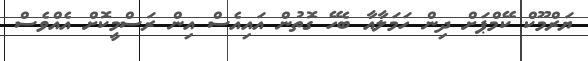
ޔަރްމޫކް ކޭމްޕަށް ދިން ހަމަލާއާ ބެހޭ ގޮތުން އައިއެސް އިން ރަސްމީކޮށް އެއްވެސް